Document type: Sale
Year: 1274
Scribe: [Unknown]
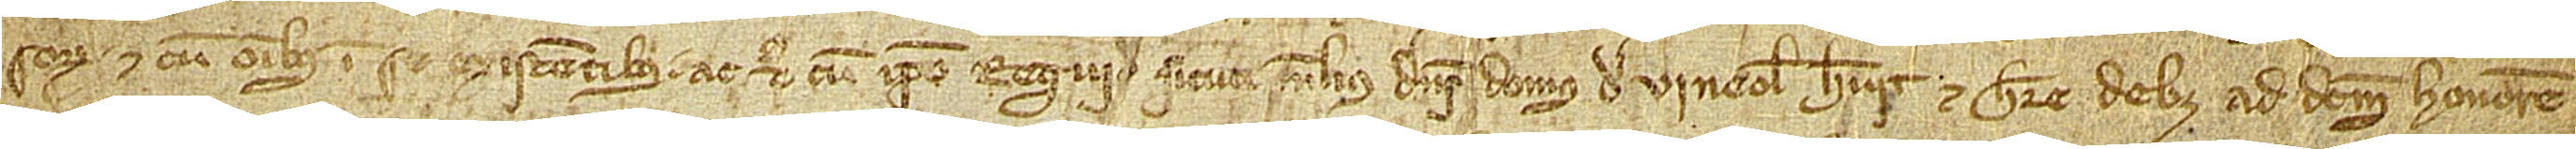
sorum et cum omnibus in se existentibus, ac etiam cum ipso regui[d] sicuti melius dominus domus de Vineolis habuit et habere debet ad dictum honorem